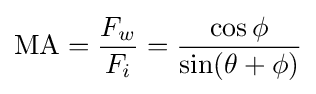
\mathrm {MA} ={\frac {F_{w}}{F_{i}}}={\frac {\cos \phi }{\sin(\theta +\phi )}}